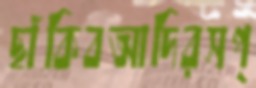
ছাঁকিবআদিরসপ্